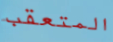
المتعقب